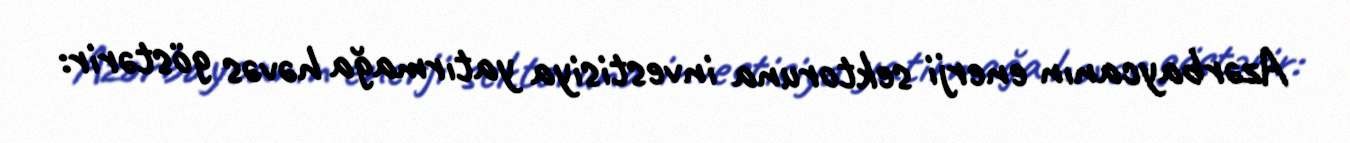
Azərbaycanın enerji sektoruna investisiya yatırmağa həvəs göstərir: